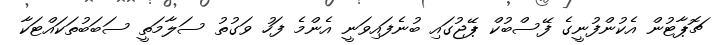
ޗޮޕާޓުން އެކުންފުނީގެ ފޭސްބުކް ޕޭޖުގައި ބުނެފައިވަނީ އެންމެ ފަހު ވަގުތު ސަލާމަތީ ސަބަބުތަކައްޓަކާ